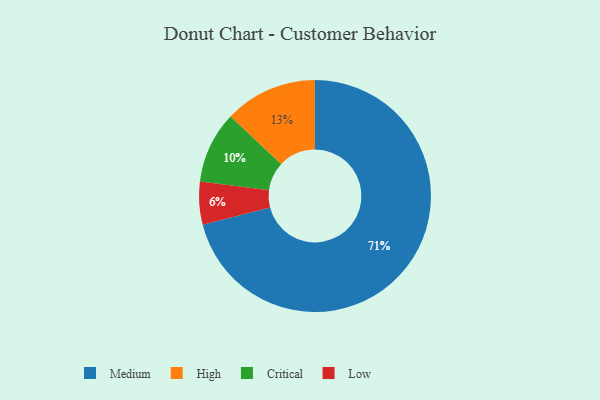
{"axis": {"x": "Category", "y": "Percentage"}, "legend": ["Critical", "High", "Low", "Medium"], "data": [{"x": "Low", "y": 6, "type": "Low"}, {"x": "High", "y": 13, "type": "High"}, {"x": "Medium", "y": 71, "type": "Medium"}, {"x": "Critical", "y": 10, "type": "Critical"}]}